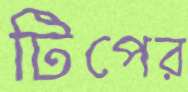
টিপের